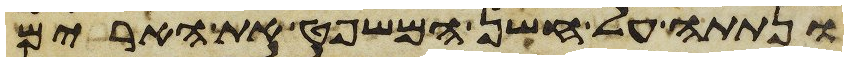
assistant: ונתתה על חשן המשפט את הארים